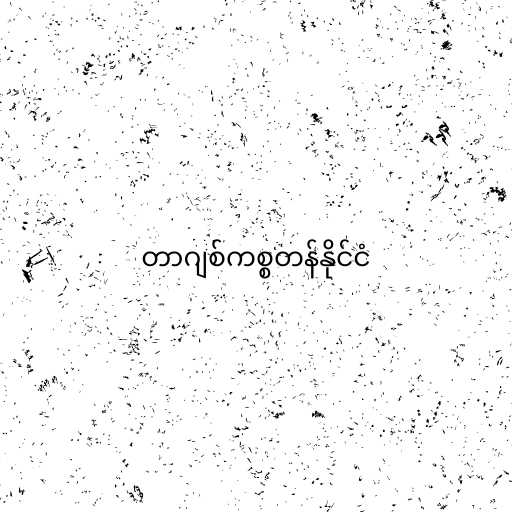
တာဂျစ်ကစ္စတန်နိုင်ငံ